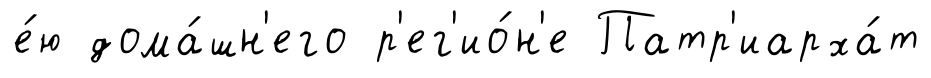
е́ю дома́шн'его р'ег'ио́н'е Патр'иарха́т